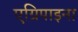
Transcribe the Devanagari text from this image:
एग्रिपाइना